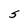
Character: S